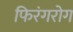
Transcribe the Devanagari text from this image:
फिरंगरोग